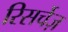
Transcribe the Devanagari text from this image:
रिसर्चेज़